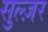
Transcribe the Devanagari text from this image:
सुल्ज़र